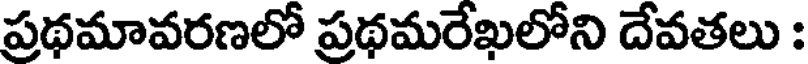
ప్రథమావరణలో ప్రథమరేఖలోని దేవతలు :